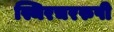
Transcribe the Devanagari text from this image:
स्थिरचररुपी